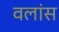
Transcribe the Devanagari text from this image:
वलांस